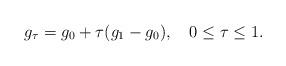
LaTeX: \begin{align*}g_\tau=g_0+\tau(g_1-g_0),\ \ \ 0\leq \tau\leq 1.\end{align*}